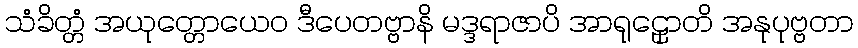
သံခိတ္တံ အယုတ္တောယေဝ ဒီပေတဗ္ဗာနိ မဒ္ဒရာဇာပိ အာရုဠှောတိ အနုပုဗ္ဗတာ